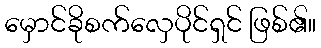
မှောင်ခိုစက်လှေပိုင်ရှင် ဖြစ်၏။